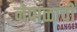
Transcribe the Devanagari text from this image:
नेपाळाची